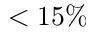
< 1 5 \%